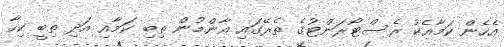
އެހެން ކަމާއެކު ރެސްޓޯރަންޓުގެ ތެރޭގައި އާންމުން ތިބި ކަމާއި އަދި ތިބީ ކިހާ